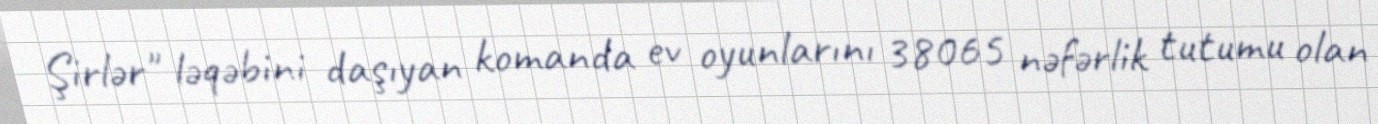
Şirlər" ləqəbini daşıyan komanda ev oyunlarını 38065 nəfərlik tutumu olan